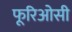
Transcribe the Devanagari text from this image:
फूरिओसी